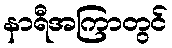
နာရီအကြာတွင်